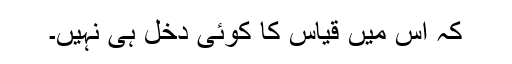
کہ اس میں قیاس کا کوئی دخل ہی نہیں۔